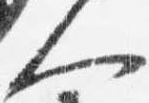
人